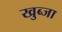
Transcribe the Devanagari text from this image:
खुब्जा